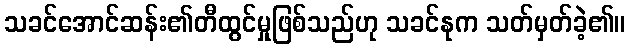
သခင်အောင်ဆန်း၏တီထွင်မှုဖြစ်သည်ဟု သခင်နုက သတ်မှတ်ခဲ့၏။